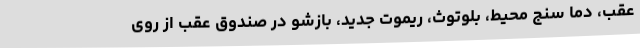
عقب، دما سنج محیط، بلوتوث، ریموت جدید، بازشو درِ صندوق عقب از روی